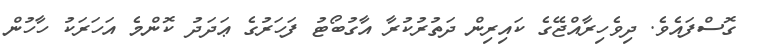
ގޮސްފައެވެ. ދިވެހިރާއްޖޭގެ ކައިރިން ދަތުރުކުރާ އާގުބޯޓު ފަހަރުގެ ޢަދަދު ކޮންމެ އަހަރަކު ހާހުން